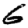
Digit: 6